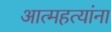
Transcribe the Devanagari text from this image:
आत्महत्यांना